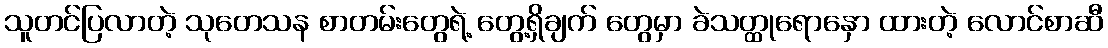
သူတင်ပြလာတဲ့ သုတေသန စာတမ်းတွေရဲ့ တွေ့ရှိချက် တွေမှာ ခဲသတ္ထုရောနှော ထားတဲ့ လောင်စာဆီ